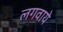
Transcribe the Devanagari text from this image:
लगवाये